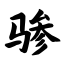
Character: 骖